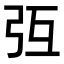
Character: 𢎸